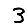
Digit: 3